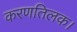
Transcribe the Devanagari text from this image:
करणतिलक।